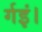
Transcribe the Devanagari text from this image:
र्गइं।